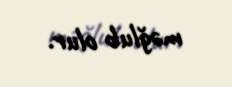
məğlub olur.